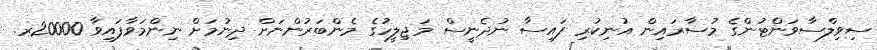
ސިވިލްސާވަންޓުންގެ މުސާރައިން އުނިކުރި ފައިސާ ނުދެނީސް މަޖިލީހުގެ މެންބަރުންނަށް ދިނުމަށް ނިންމަވާފައިވާ 20000ރ.